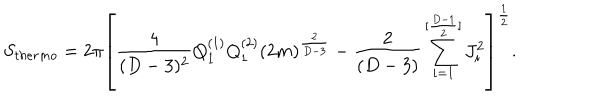
LaTeX: S _ { t h e r m o } = 2 \pi \left[ { \frac { 4 } { ( D - 3 ) ^ { 2 } } } Q _ { 1 } ^ { ( 1 ) } Q _ { 1 } ^ { ( 2 ) } ( 2 m ) ^ { \frac { 2 } { D - 3 } } - { \frac { 2 } { ( D - 3 ) } } \sum _ { i = 1 } ^ { [ { \frac { D - 1 } { 2 } } ] } J _ { i } ^ { 2 } \right] ^ { \frac { 1 } { 2 } } .